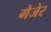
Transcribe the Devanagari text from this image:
गेजेर